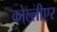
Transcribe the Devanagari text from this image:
कोल्लीएर